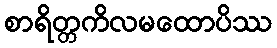
စာရိတ္တကိလမထောပိဿ